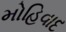
મોહિવાદ